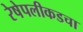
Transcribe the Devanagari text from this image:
रेषेपलीकडचा